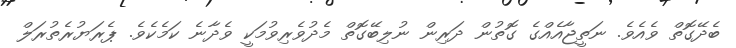
ބެދޭގޮތް ވެއެވެ. ނަތީޖާއެއްގެ ގޮތުން ދަރިން ނުލިބޭގޮތް މެދުވެރިވުމަކީ ވެދާނެ ކަމެކެވެ. ޕެރަޔުރެތުރަލް